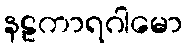
နဠကာရဂါမော